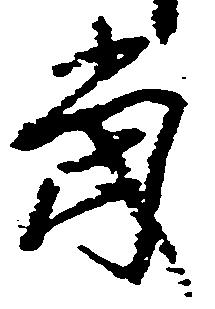
当